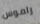
راموس